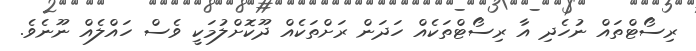
ރިސޯޓްތައް ނުހެދި އާ ރިސޯޓްތަކެއް ހަަދަން ރަށްތަކެއް ދޫކޮށްލުމަކީ ވެސް ހައްލެއް ނޫނެވެ.